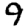
Digit: 9